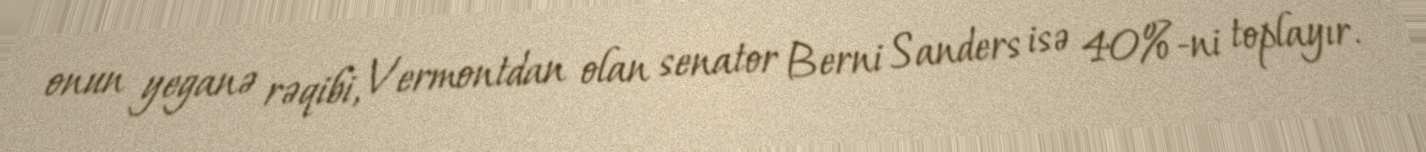
onun yeganə rəqibi, Vermontdan olan senator Berni Sanders isə 40%-ni toplayır.